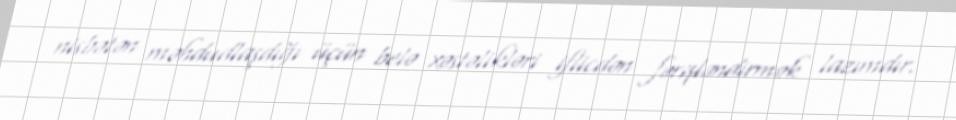
nisbətən məhdudlaşdığı üçün belə xəstəlikləri iflicdən fərqləndirmək lazımdır.